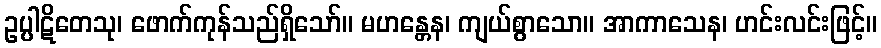
ဥပ္ပါဋိတေသု၊ ဖောက်ကုန်သည်ရှိသော်။ မဟန္တေန၊ ကျယ်စွာသော။ အာကာသေန၊ ဟင်းလင်းဖြင့်။